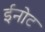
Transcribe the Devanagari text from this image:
ईनोट